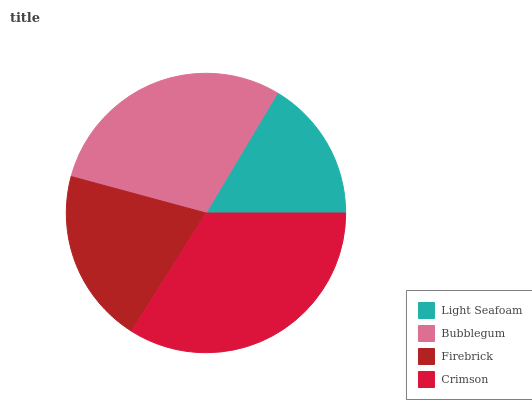
| Light Seafoam | Bubblegum | Firebrick | Crimson |
 | --- | --- | --- | --- |
 | 16.4% | 29.3% | 20.3% | 34% |